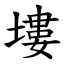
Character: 塿